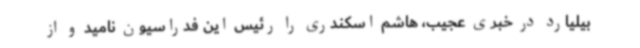
بیلیارد در خبری عجیب، هاشم اسکندری را رئیس این فدراسیون نامید و از